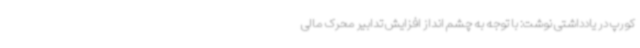
کورپ در یادداشتی نوشت: با توجه به چشم انداز افزایش تدابیر محرک مالی